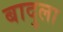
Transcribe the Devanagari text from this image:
बादुला